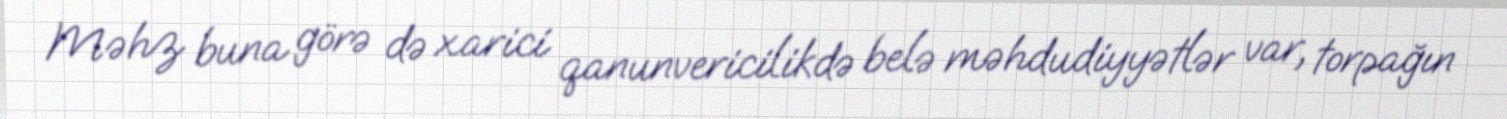
Məhz buna görə də xarici qanunvericilikdə belə məhdudiyyətlər var, torpağın